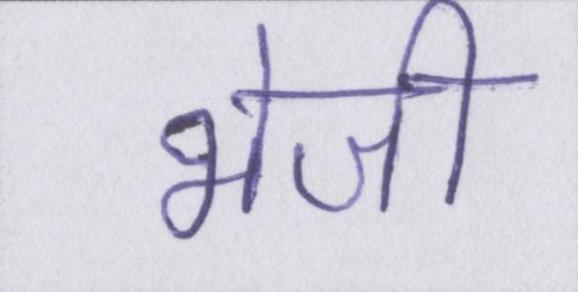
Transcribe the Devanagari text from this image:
भेजी